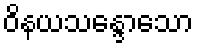
ဝိနယသန္ဒောသော